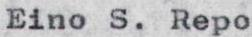
Eino S. Repo